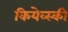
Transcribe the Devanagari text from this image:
कियेव्स्की